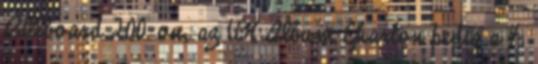
Billboard 200-on, az UK Album Charton pedig a 4.